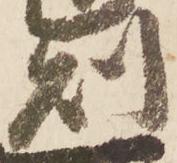
則